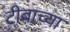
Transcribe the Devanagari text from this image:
टीबाच्या